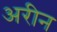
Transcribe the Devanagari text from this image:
अरीन